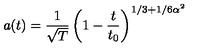
a ( t ) = \frac { 1 } { \sqrt T } \left( 1 - \frac { t } { t _ { 0 } } \right) ^ { 1 / 3 + 1 / 6 \alpha ^ { 2 } }